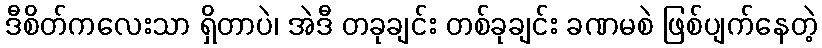
ဒီစိတ်ကလေးသာ ရှိတာပဲ၊ အဲဒီ တခုချင်း တစ်ခုချင်း ခဏမစဲ ဖြစ်ပျက်နေတဲ့